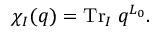
\chi _ { I } ( q ) = \mathrm { T r } _ { I } \; q ^ { L _ { 0 } } .